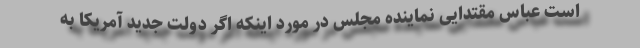
است عباس مقتدایی نماینده مجلس در مورد اینکه اگر دولت جدید آمریکا به